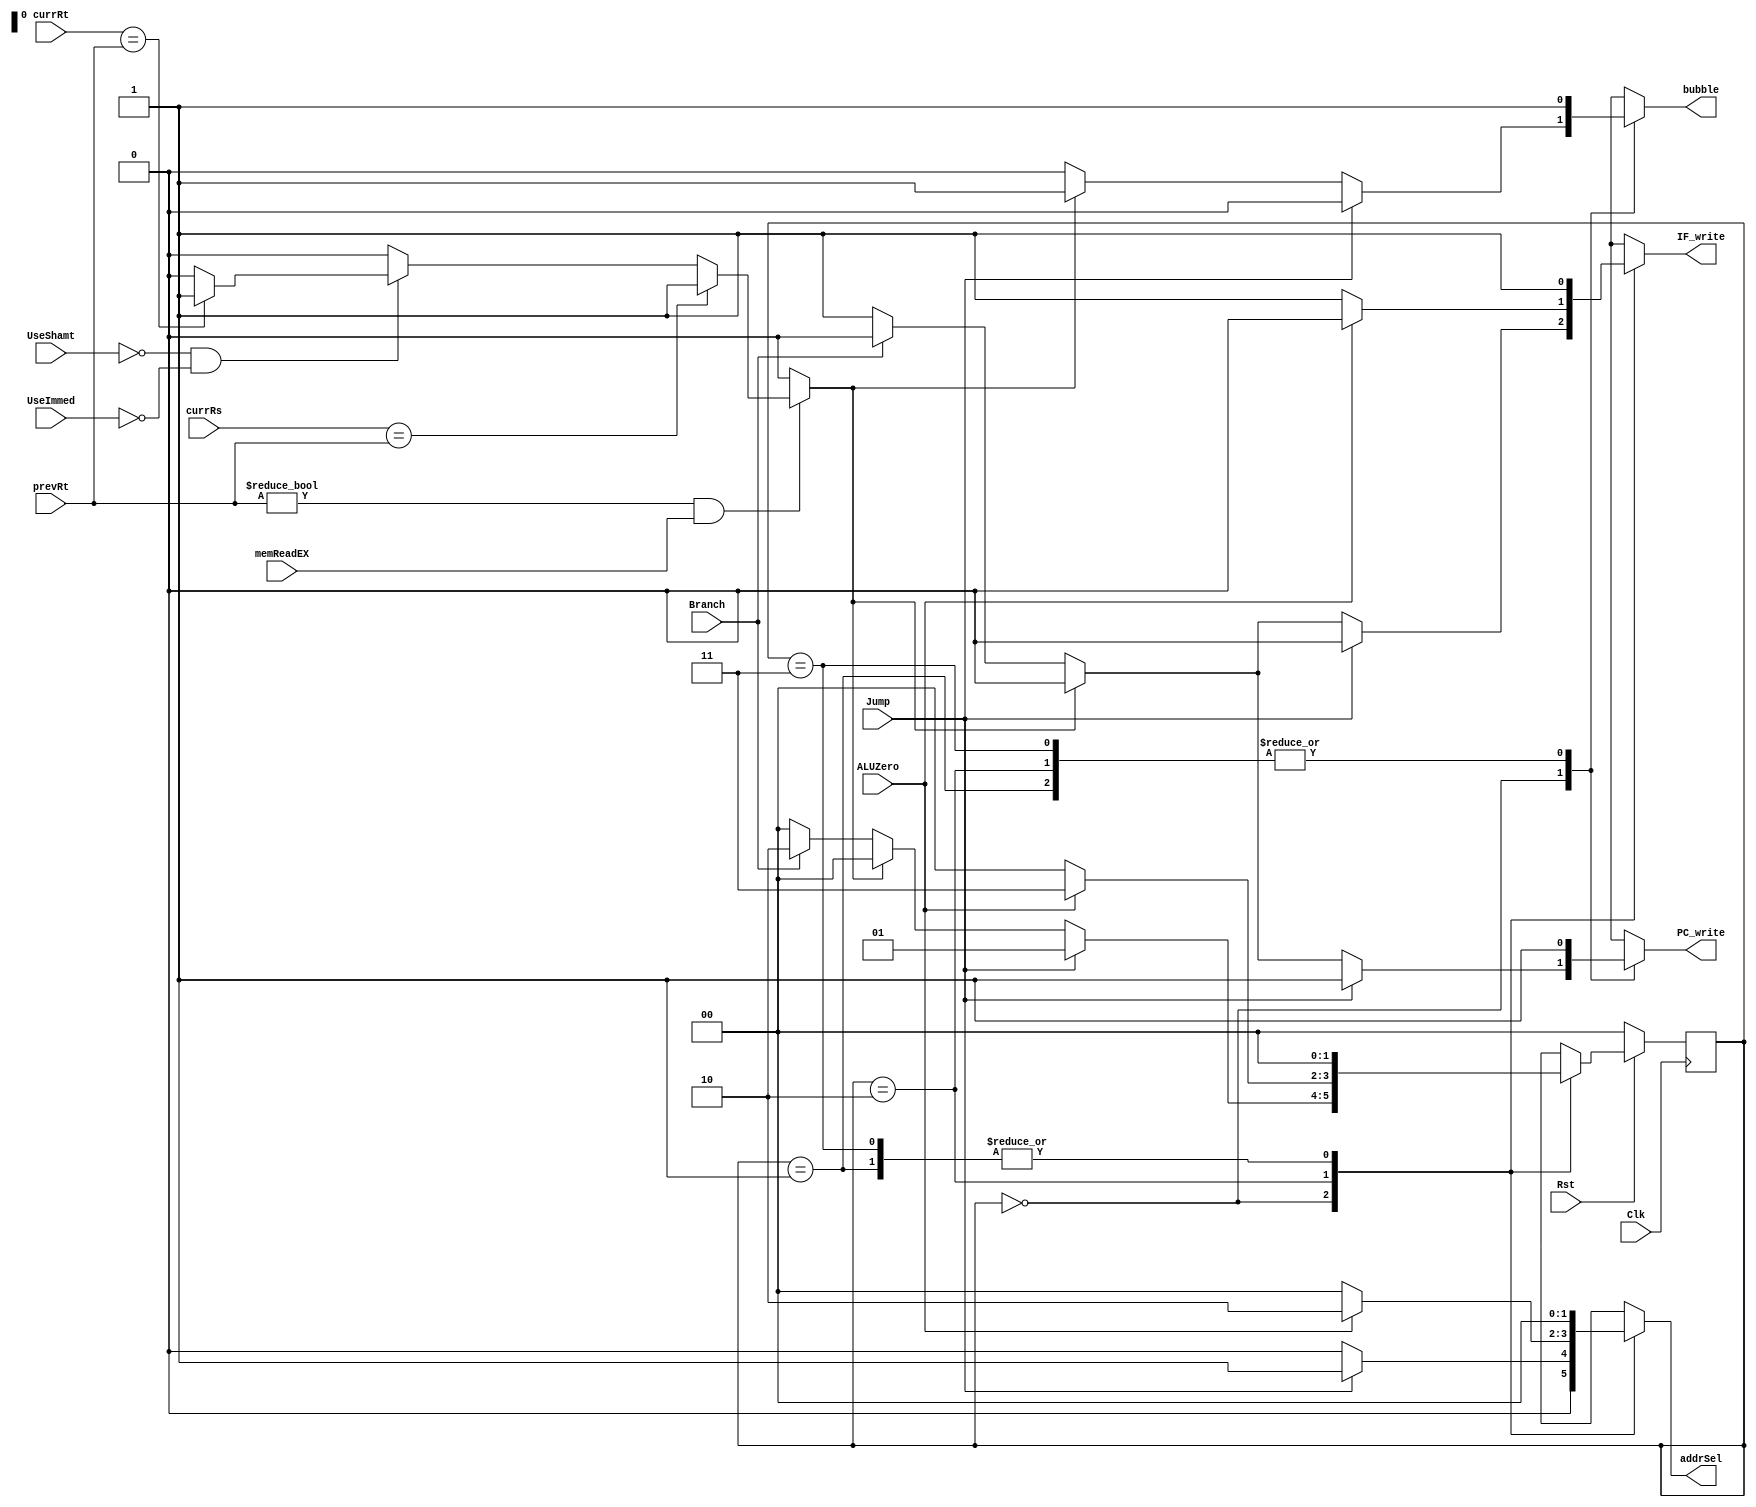
`timescale 1ns / 1ps
//////////////////////////////////////////////////////////////////////////////////
// Company: 
// Engineer: 
// 
// Design Name: 
// Module Name: HazardUnit
// Project Name: 
// Target Devices: 
// Tool Versions: 
// Description: 
// 
// Dependencies: 
// 
// Revision:
// Revision 0.01 - File Created
// Additional Comments:
// 
//////////////////////////////////////////////////////////////////////////////////
module HazardUnit (IF_write , PC_write , bubble , addrSel , Jump , Branch , ALUZero ,
memReadEX, currRs , currRt , prevRt , UseShamt , UseImmed , Clk , Rst ) ;
output reg IF_write, PC_write, bubble;
output reg [1:0] addrSel ;
input Jump , Branch , ALUZero , memReadEX, Clk , Rst ;
input UseShamt , UseImmed ;
input [4:0] currRs , currRt , prevRt ;
//
//parameter for states
parameter normal=2'b00;
parameter jump_state=2'b01;
parameter branch_nottaken=2'b10;
parameter branch_taken=2'b11;
reg LdHazard;
reg [1:0] state, next_state;
//load hazard detection
always @ (*)
begin
if (prevRt!=0 && memReadEX ==1)
	begin
	if(currRs==prevRt)
		LdHazard<=1;

		else 
		begin
		if ((UseShamt==0) && (UseImmed==0))
		begin
		if (currRt==prevRt)
			LdHazard<=1;
			else
			LdHazard<=0;
		end	
		else
		LdHazard<=0;
	end	
	end
else 
	LdHazard<=0;

	end
//sequential loop to print next state
always @(negedge Clk)
	begin
	if(Rst==0)
		state<=2'b00;
	else
		state<=next_state;
	end
//mealy machine is to be created

always @(*)
begin
case(state)
normal: begin
			if (Jump==1'b1)
			begin
			IF_write=1'b0;
			PC_write=1'b1;
			bubble=1'b0;
			addrSel=2'b01;
			next_state=jump_state;
			end
			else if (LdHazard==1'b1)
				begin
				IF_write=1'b0;
				PC_write=1'b0;
				bubble=1'b1;
				addrSel=2'b00;
				next_state=normal;
				end
			else if(Branch==1'b1)
				begin
				IF_write=1'b0;
				PC_write=1'b0;
				bubble=1'b0;
				addrSel=2'b00;
				next_state=branch_nottaken;
				end
			else
				begin
				IF_write=1'b1;
				PC_write=1'b1;
				bubble=1'b0;
				addrSel=2'b00;
				next_state=normal;
				end		
		end
jump_state: begin
		IF_write=1'b1;
		PC_write=1'b1;
		bubble=1'b1;
		addrSel=2'b00;
		next_state=normal;
		end
branch_nottaken:
begin
		if(ALUZero==1'b0)
		begin
		IF_write=1'b1;
		PC_write=1'b1;
		bubble=1'b1;
		addrSel=2'b00;
		next_state=normal;
		end
		else
		begin
		IF_write=1'b0;
		PC_write=1'b1;
		bubble=1'b1;
		addrSel=2'b10;
		next_state=branch_taken;
		end
end
branch_taken:
begin
		IF_write=1'b1;
		PC_write=1'b1;
		bubble=1'b1;
		addrSel=2'b00;
		next_state=normal;
end
default: next_state=normal;
endcase
end

endmodule